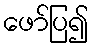
ဖော်ပြ၍